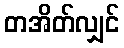
တအိတ်လျှင်